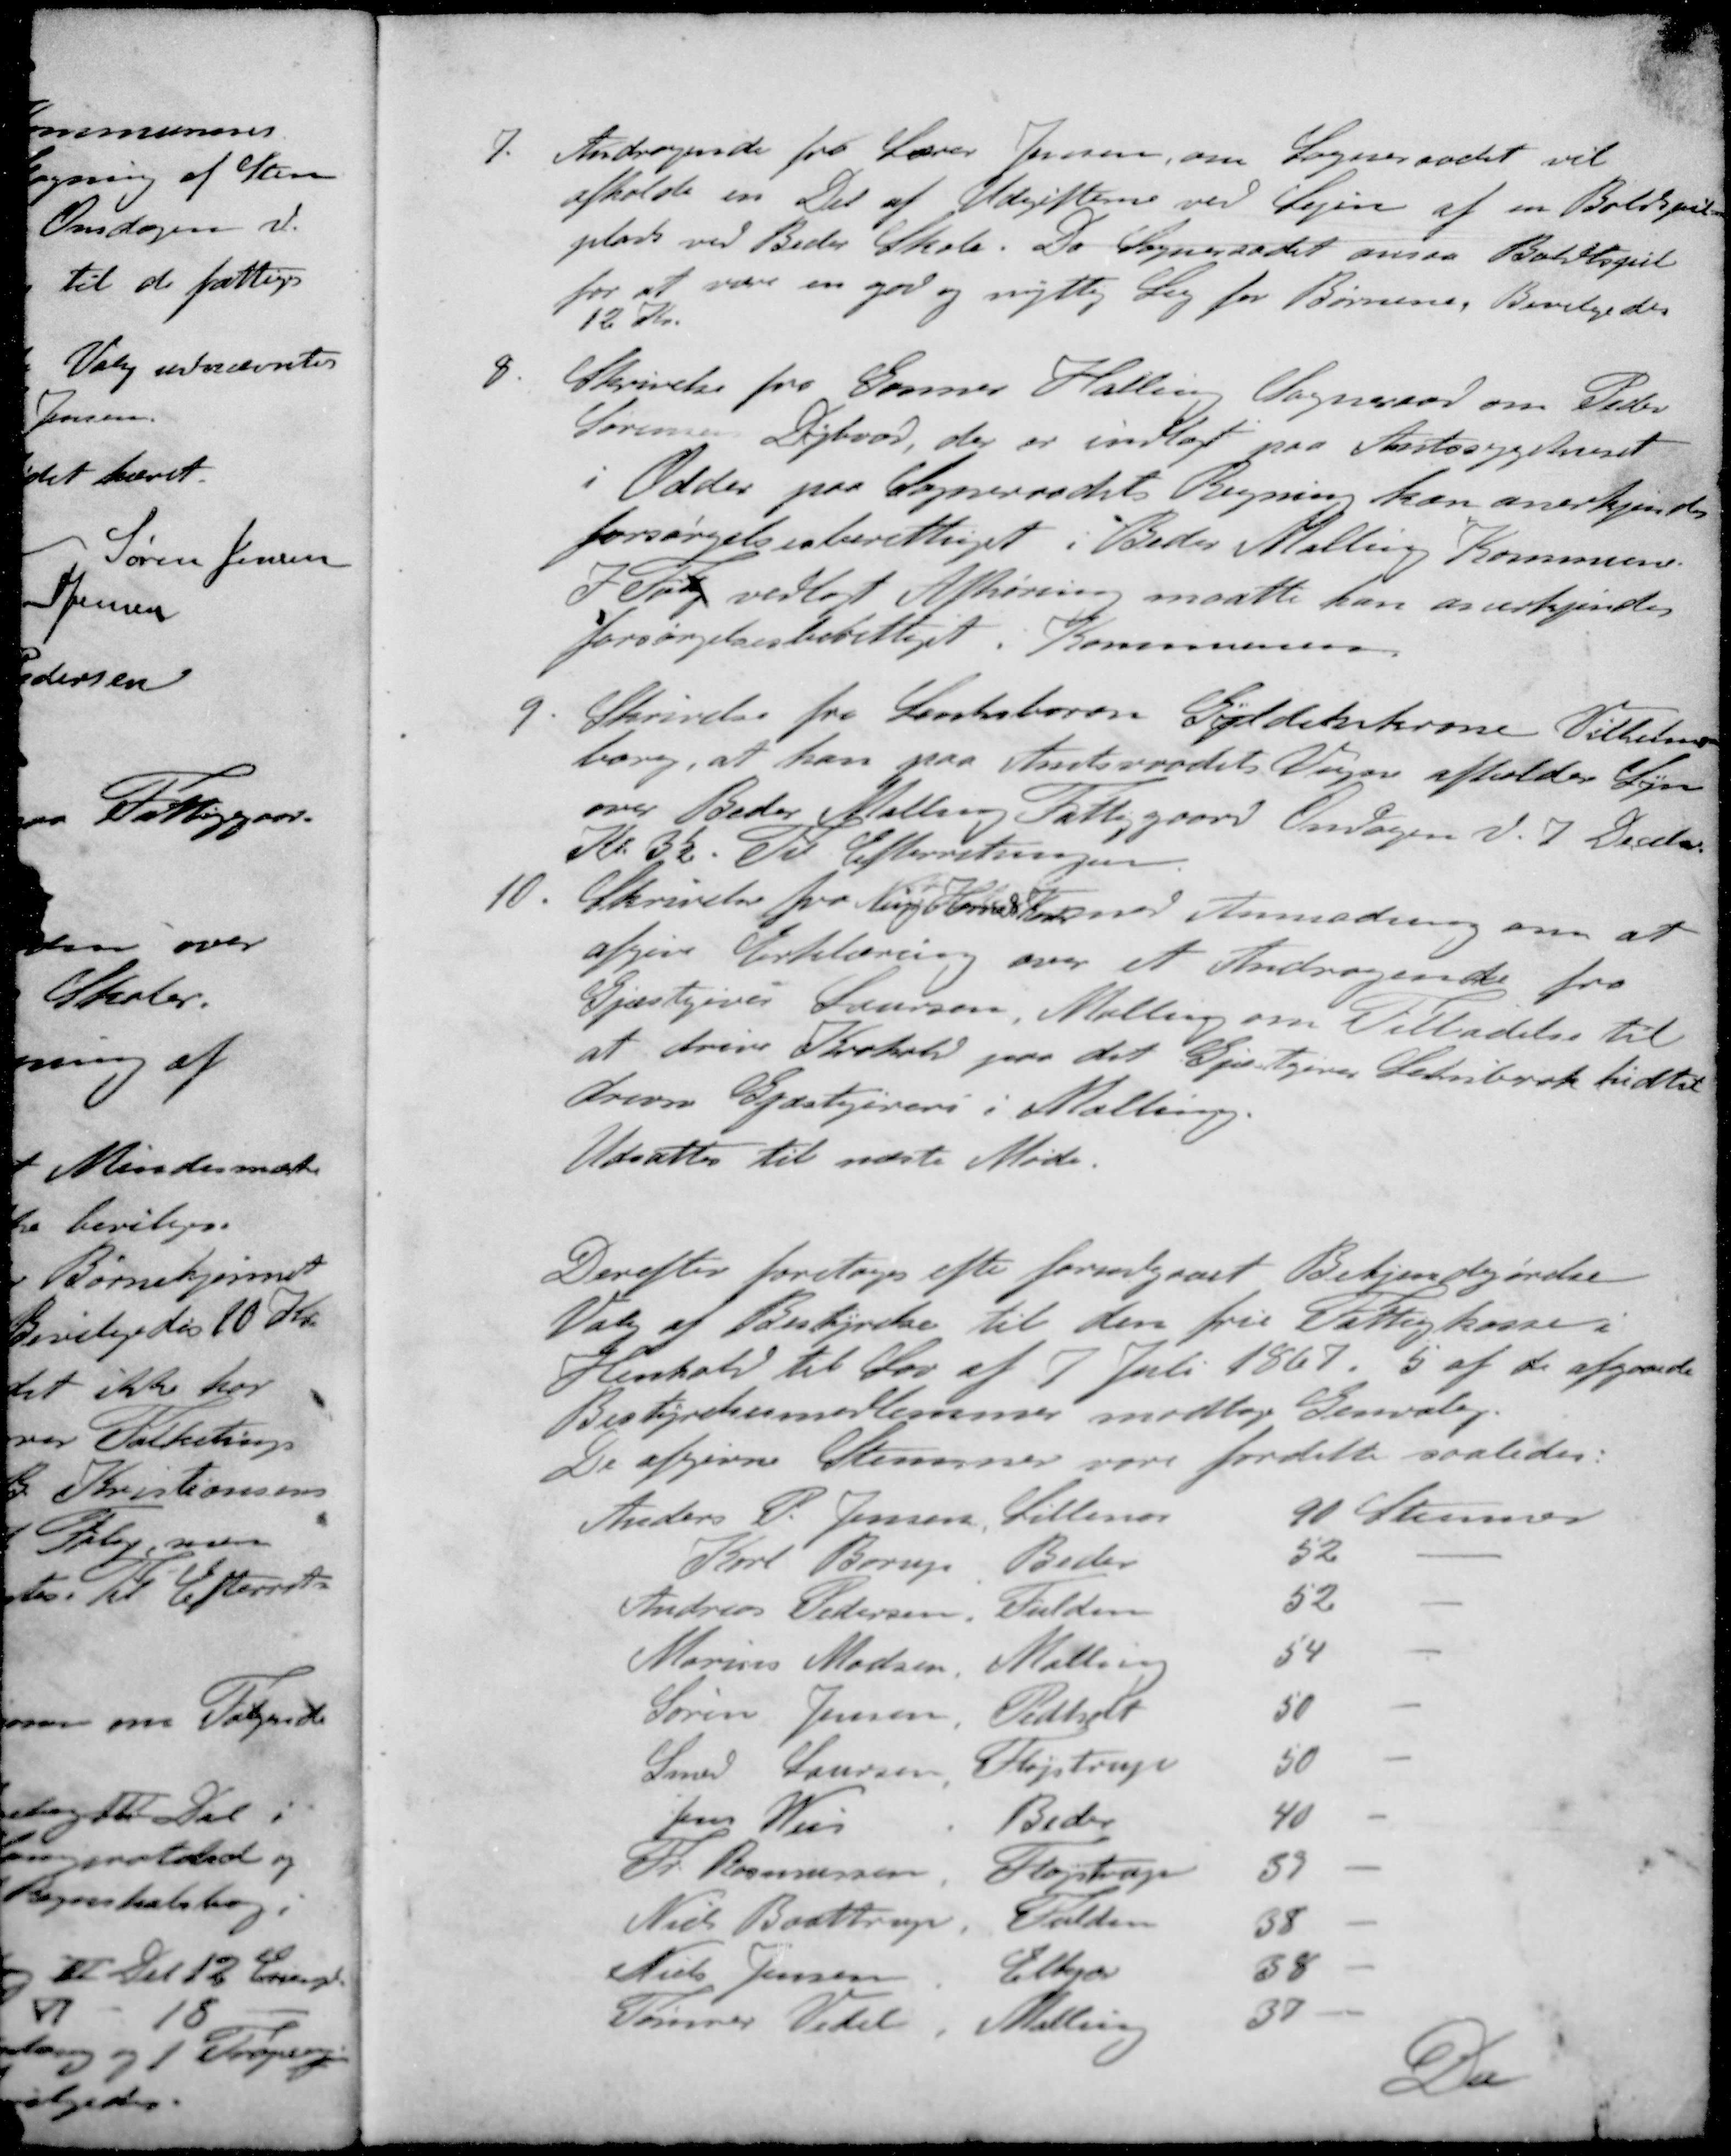
Transskription:
7. Andragende fra Lærer Jensen, om Sogneraadet vil
afholde en Del af Udgifterne ved Lejen af en Boldspil-
plads ved Beder Skole. Da Sogneraadet ansaa Boldspil
for at være en god og nyttig Leg for Børnene, Bevilgedes
12 Kr.
8 Skrivelse fra Gosmer Halling Sogneraad om Peder
Sørensen Dybvad, der er indlagt paa Amtssygehuset
i Odder paa Sogneraadets Regning kan anerkjendes
forsørgelsesberettiget i Beder Malling Kommune.
I Følge vedlagt Afhøring maatte kan anerkjendes
forsørgelsesberettiget i Kommunen
9. Skrivelse fra Lensboron Gyldelstrone Vilhelms-
borg, at han paa Amtsraadets Vegne afholder Syn
over Beder Malling Fattiggaard Onsdagen d. 7 Decebr
Kl. 3½. Til Efterretningen.
10. Skrivelse fra NNing Herreds Kontor med Anmodning om at
afgive Erklæring over et Andragende fra
Gjæstgiver Laursen, Malling om Tilladelse til
at drive Krohold paa det Gjæstgiver Schribrok hidtil
drevne Gjæstgiveri i Malling.
Udsattes til næste Møde.
Derefter foretoges efter forudgaaet Bekjendtgørelse
Valg af Bestyrelse til den frie Fattigkasse i
Henhold til Lov af 7 Juli 1867. 5 af de afgaaede
Bestyrelsesmedlemmer modtog Genvalg.
De afgivne Stemmer vare fordelte saaledes:
Anders P. Jensen, Lillenor
90 Stemmer
Karl Borup. Beder
52
Andreas Pedersen Fulden
52
Marius Madsen Malling
54
Søren Jensen Pedholt
50
Smed Laursen Fløjstrup
50
Jens Weis Beder
40
Fr Rasmussen Fløjstrup
39
Niels Bosttrup Fulden
38
Niels Jensen Elkjær
38
Tømrer Vedel Malling
37